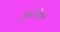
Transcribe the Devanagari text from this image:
टेकओवर्स